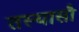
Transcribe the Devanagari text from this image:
तस्यासौ